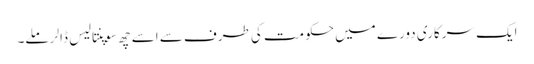
ایک سرکاری دورے میں حکومت کی طرف سے اسے چھ سوپنتالیس ڈالر ملے۔